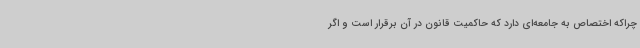
چراکه اختصاص به جامعه‌ای دارد که حاکمیت قانون در آن برقرار است و اگر